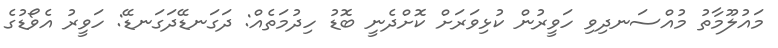
މައުލޫމާތު މުއްސަނދިވި ހަވީރުން ކުޅިވަރަށް ކޮށްދެނީ ބޮޑު ހިދުމަތެއް: ދަގަނޑޭދަގަނޑޭ: ހަވީރު އެވޯޑުގެ